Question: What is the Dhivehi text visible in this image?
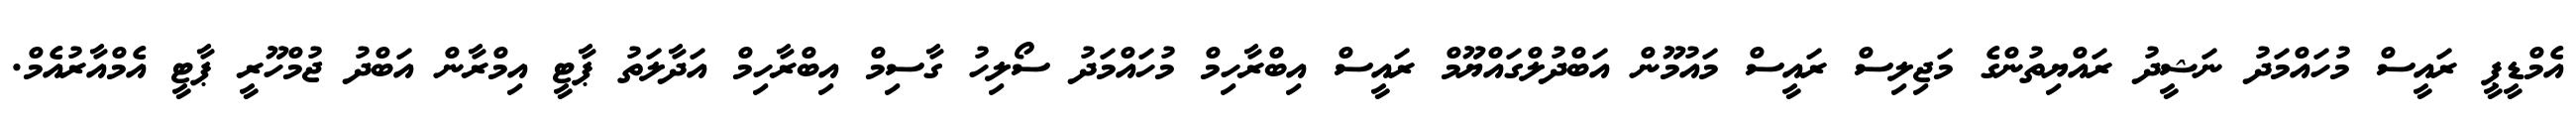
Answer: އެމްޑީޕީ ރައީސް މުހައްމަދު ނަޝީދު ރައްޔިތުންގެ މަޖިލިސް ރައީސް މައުމޫން އަބްދުލްގައްޔޫމް ރައީސް އިބްރާހިމް މުހައްމަދު ސޯލިހު ގާސިމް އިބްރާހިމް އަދާލަތު ޕާޓީ އިމްރާން އަބްދު ޖުމްހޫރީ ޕާޓީ އެމްއާރުއެމް.